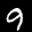
Label: 9